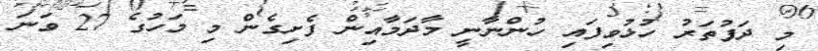
މި ދަފުތަރު ހުޅުވިފައި ހުންނާނީ މާދަމާއިން ފެށިގެން މި މަހުގެ 27 ވަނަ